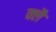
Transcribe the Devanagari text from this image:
क्लै